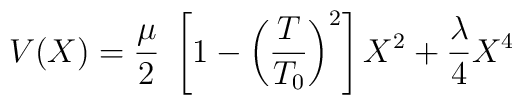
V(X) = {\mu \over 2} ~\left[ 1- \left({T \over T_0}\right)^2 \right] X^2+ {\lambda \over 4} X^4